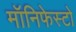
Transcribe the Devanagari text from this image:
मॉनिफेस्टो